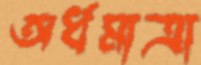
অর্ধমাত্রা